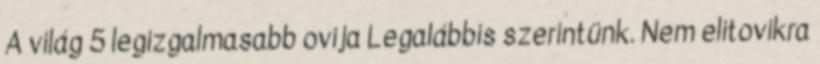
A világ 5 legizgalmasabb ovija Legalábbis szerintünk. Nem elitovikra